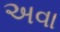
અવા